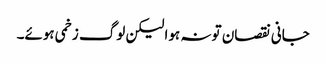
جانی نقصان تو نہ ہوا لیکن لوگ زخمی ہوئے۔